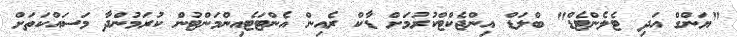
"ޔަންގް އަދި ޓެލެންޓެޑް" ބްލަޑް އިންޖެކްޓްކުރުމަށް ޑާކް ރެއިން އެންޓަޓެއިންމަންޓުން ކުރަމުންދާ މަސައްކަތަށް